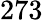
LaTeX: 273